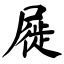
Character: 屣